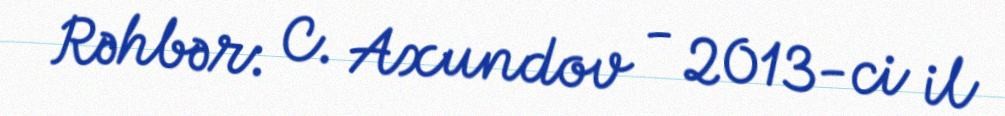
Rəhbər: C. Axundov - 2013-ci il